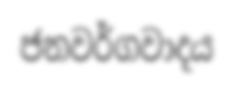
ජනවර්ගවාදය